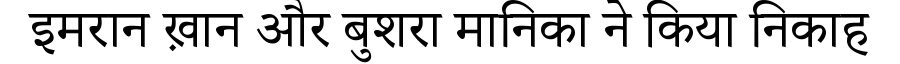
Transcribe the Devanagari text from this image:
इमरान ख़ान और बुशरा मानिका ने किया निकाह